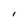
Character: l